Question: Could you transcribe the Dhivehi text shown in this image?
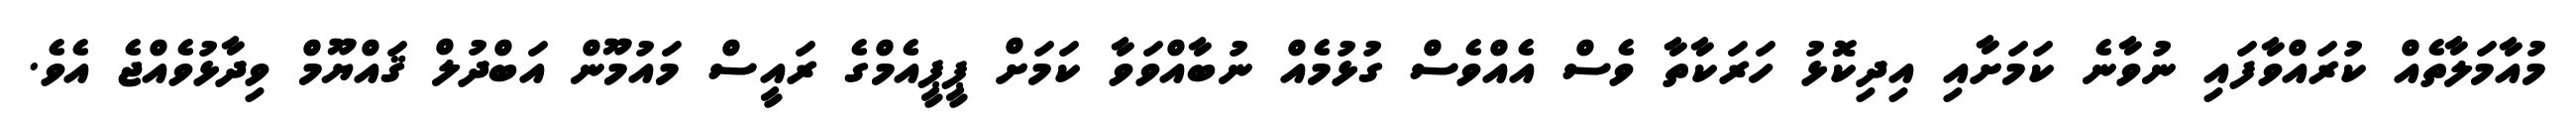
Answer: މުއާމަލާތެއް ކުރައްވާފައި ނުވާނެ ކަމަށާއި އިދިކޮޅު ހަރަކާތާ ވެސް އެއްވެސް ގުޅުމެއް ނުބާއްވަވާ ކަމަށް ޕީޕީއެމްގެ ރައީސް މައުމޫން އަބްދުލް ޤައްޔޫމް ވިދާޅުވެއްޖެ އެވެ.